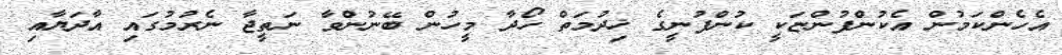
އެހެންކަމުން އެކުންފުންޏަކީ ކުންފުނީގެ ޚިދުމަތް ހޯދާ މީހުން ބޭނުންވާ ނަތީޖާ ނެރުމުގައި އާދަޔާއި